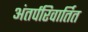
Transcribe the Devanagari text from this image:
अंतर्परिवार्तित